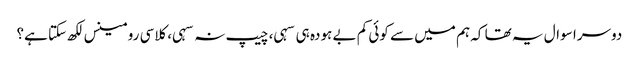
دوسرا سوال یہ تھا کہ ہم میں سے کوئی کم بے ہودہ ہی سہی، چیپ نہ سہی، کلاسی رومینس لکھ سکتا ہے؟